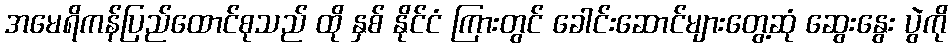
အမေရိကန်ပြည်ထောင်စုသည် ထို နှစ် နိုင်ငံ ကြားတွင် ခေါင်းဆောင်များတွေ့ဆုံ ဆွေးနွေး ပွဲကို